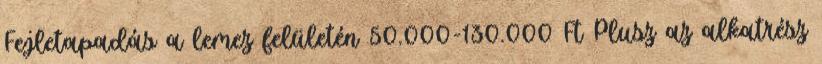
Fejletapadás a lemez felületén 50.000-130.000 Ft Plusz az alkatrész